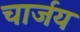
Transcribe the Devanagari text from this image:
चार्जय